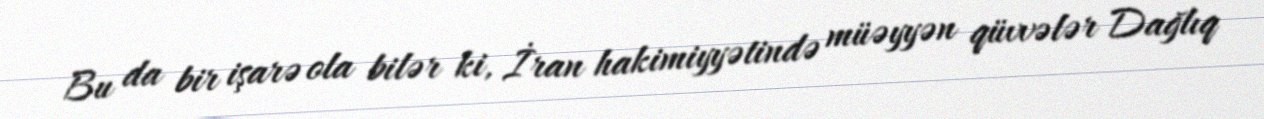
Bu da bir işarə ola bilər ki, İran hakimiyyətində müəyyən qüvvələr Dağlıq